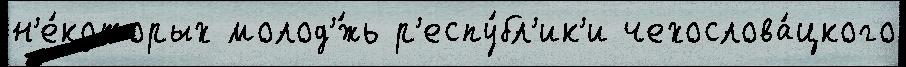
н'е́которых молод'́жь р'еспу́бл'ик'и чехослова́цкого